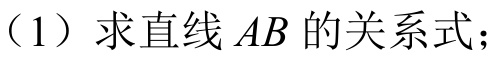
（1）求直线\(AB\)的关系式；